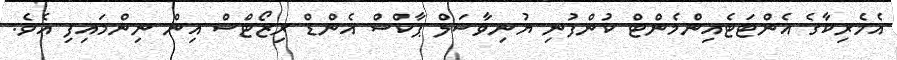
އެމެރިކާގެ އެންޓަޓެއިންމެންޓް ކުންފުނި ޔުނިވާސަލް ޕާކްސް އެންޑް ރިޒޯޓްސް އިން ނިންމައިފި އެވެ.